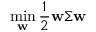
\operatorname* { m i n } _ { \mathbf { w } } \frac { 1 } { 2 } \mathbf { w } \Sigma \mathbf { w }